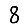
Digit: 8